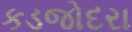
કડજોદરા